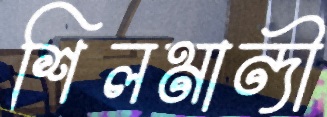
শিলমান্দী